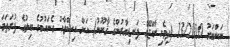
ނަންބަރު 13/2010 (ދިވެހިރާއްޖޭގެ ފަނޑިޔާރުންގެ ޤާނޫނު) އަށް އިޞްލާޙު ގެނައުމުގެ ބިލުގެ ފުރަތަމަ